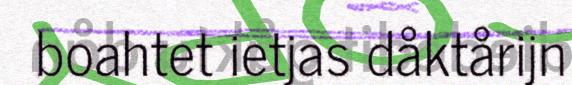
boahtet ietjas dåktårijn